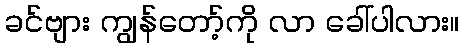
ခင်ဗျား ကျွန်တော့်ကို လာ ခေါ်ပါလား။